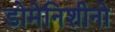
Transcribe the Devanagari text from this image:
डोमेनिशीनो